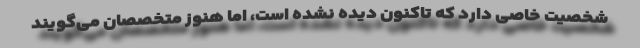
شخصیت خاصی دارد که تاکنون دیده نشده است، اما هنوز متخصصان می‌گویند